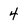
Character: 4